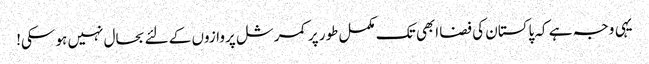
یہی وجہ ہے کہ پاکستان کی فضا ابھی تک مکمل طور پر کمرشل پروازوں کے لئے بحال نہیں ہو سکی!